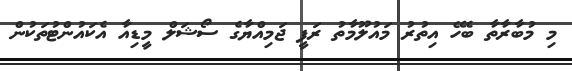
މި މުބާރާތާ ބެހޭ އިތުރު މައުލޫމާތު ރަފީ ޖަމިއްޔާގެ ސޯޝަލް މީޑިއާ އެކައުންޓުތަކުން